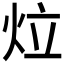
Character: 𤇥